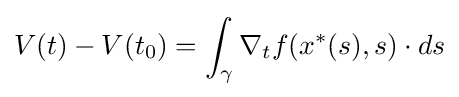
V(t)-V(t_{0})=\int _{\gamma }\nabla _{t}f(x^{\ast }(s),s)\cdot ds